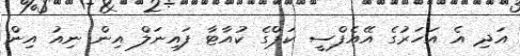
އަދި އެ އަހަރުގެ އޭއެފްސީ ކަޕްގެ ކުއާޓާ ފައިނަލް އިން ނިއު އިން